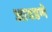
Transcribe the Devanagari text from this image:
आवडणे